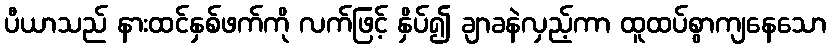
ပီယာသည် နားထင်နှစ်ဖက်ကို လက်ဖြင့် နှိပ်၍ ချာခနဲလှည့်ကာ ထူထပ်စွာကျနေသော